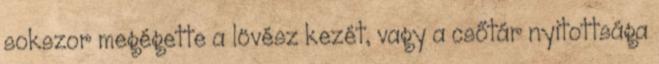
sokszor megégette a lövész kezét, vagy a csőtár nyitottsága